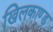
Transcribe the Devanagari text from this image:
खिलकाण्ड